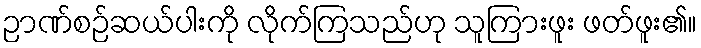
ဉာဏ်စဉ်ဆယ်ပါးကို လိုက်ကြသည်ဟု သူကြားဖူး ဖတ်ဖူး၏။